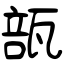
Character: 瓿